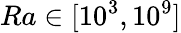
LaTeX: Ra\in[10^{3},10^{9}]